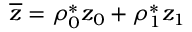
\overline { z } = \rho _ { 0 } ^ { * } z _ { 0 } + \rho _ { 1 } ^ { * } z _ { 1 }